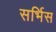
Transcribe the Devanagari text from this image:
सर्भिस